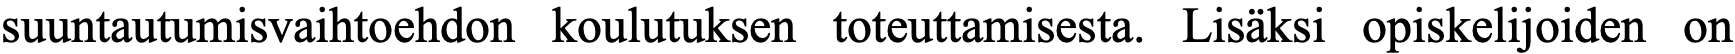
suuntautumisvaihtoehdon koulutuksen toteuttamisesta. Lisäksi opiskelijoiden on